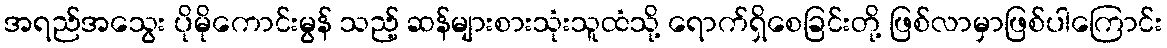
အရည်အသွေး ပိုမိုကောင်းမွန် သည့် ဆန်များစားသုံးသူထံသို့ ရောက်ရှိစေခြင်းတို့ ဖြစ်လာမှာဖြစ်ပါကြောင်း